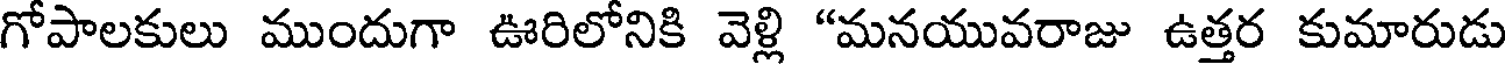
గోపాలకులు ముందుగా ఊరిలోనికి వెళ్లి "మనయువరాజు ఉత్తర కుమారుడు